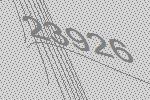
23926